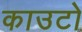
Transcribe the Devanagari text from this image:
काउटो